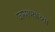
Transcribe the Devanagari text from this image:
जन्मण्याच्या